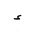
Letter: _hamza